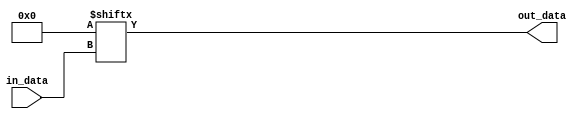


`timescale 1ns / 1ps
`default_nettype none



module bb_lut
        #(
            parameter                   DEVICE = "RTL",
            parameter                   N      = 6,
            parameter   [(1<<N)-1:0]    INIT   = {(1<<N){1'b0}}
        )
        (
            input   wire    [N-1:0]     in_data,
            output  wire                out_data
        );
    
    generate
    if ( DEVICE == "7SERIES" && N == 6 ) begin : xilinx_7series
        LUT6
                #(
                    .INIT   (INIT)
                )
            i_lut6
                (
                    .O      (out_data),
                    .I0     (in_data[0]),
                    .I1     (in_data[1]),
                    .I2     (in_data[2]),
                    .I3     (in_data[3]),
                    .I4     (in_data[4]),
                    .I5     (in_data[5])
                );
    end
    else begin : rtl
        wire    [(1<<N)-1:0]    lut_table = INIT;
        assign out_data = lut_table[in_data];
    end
    endgenerate
    
    
endmodule



`default_nettype wire